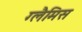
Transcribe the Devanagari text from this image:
ग्लैमिस